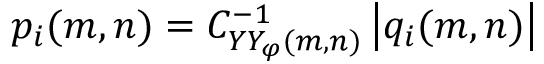
p _ { i } ( m , n ) = C _ { Y Y _ { \varphi } ( m , n ) } ^ { - 1 } \left| q _ { i } ( m , n ) \right|